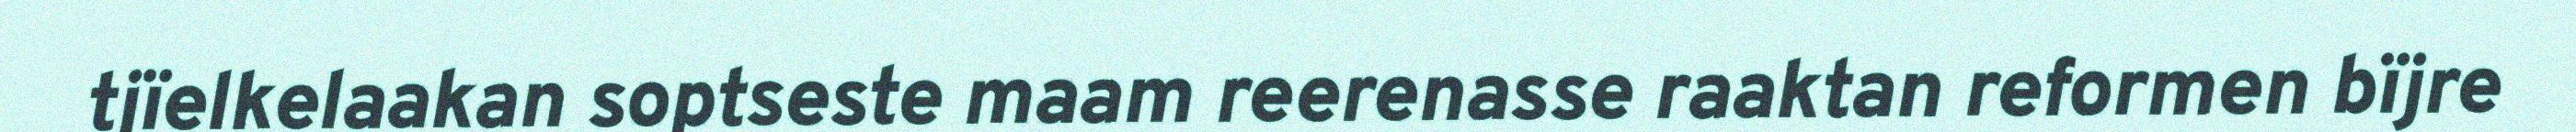
tjïelkelaakan soptseste maam reerenasse raaktan reformen bïjre